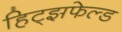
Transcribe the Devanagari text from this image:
हिट्झफेल्ड